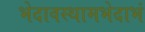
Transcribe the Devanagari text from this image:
भेदावस्थामभेदाभं